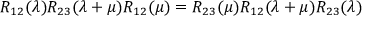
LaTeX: R _ { 1 2 } ( \lambda ) R _ { 2 3 } ( \lambda + \mu ) R _ { 1 2 } ( \mu ) = R _ { 2 3 } ( \mu ) R _ { 1 2 } ( \lambda + \mu ) R _ { 2 3 } ( \lambda )